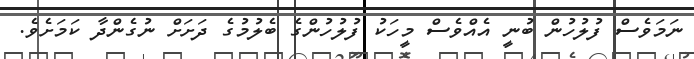
ނަމަވެސް ފުލުހުން ބުނީ އެއްވެސް މީހަކު ފުލުހުންގެ ބެލުމުގެ ދަށަށް ނުގެންދާ ކަމަށެވެ.